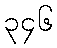
၃၄၆